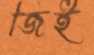
জিই